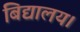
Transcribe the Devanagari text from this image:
बिद्यालय।